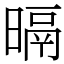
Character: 㬏